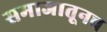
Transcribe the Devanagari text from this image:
समाजातूनच